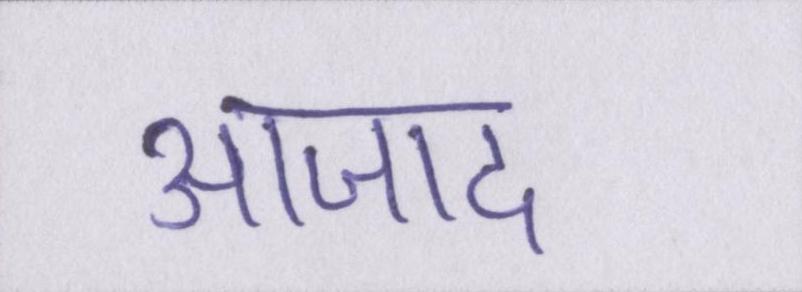
आजाद